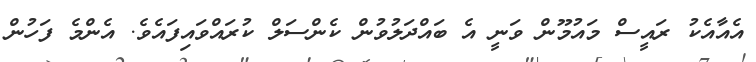
އެއާއެކު ރައީސް މައުމޫން ވަނީ އެ ބައްދަލުވުން ކެންސަލް ކުރައްވައިފައެވެ. އެންމެ ފަހުން